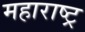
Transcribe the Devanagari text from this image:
महाराष्‍ट्र